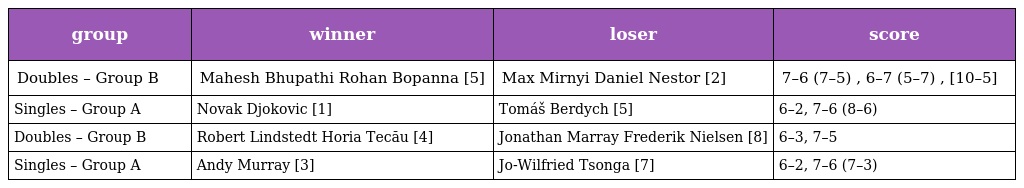
| group | winner | loser | score |
 | --- | --- | --- | --- |
 | Doubles – Group B | Mahesh Bhupathi Rohan Bopanna [5] | Max Mirnyi Daniel Nestor [2] | 7–6 (7–5) , 6–7 (5–7) , [10–5] |
 | Singles – Group A | Novak Djokovic [1] | Tomáš Berdych [5] | 6–2, 7–6 (8–6) |
 | Doubles – Group B | Robert Lindstedt Horia Tecău [4] | Jonathan Marray Frederik Nielsen [8] | 6–3, 7–5 |
 | Singles – Group A | Andy Murray [3] | Jo-Wilfried Tsonga [7] | 6–2, 7–6 (7–3) |